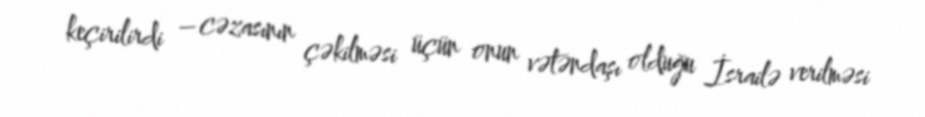
keçirilirdi – cəzasının çəkilməsi üçün onun vətəndaşı olduğu İsrailə verilməsi